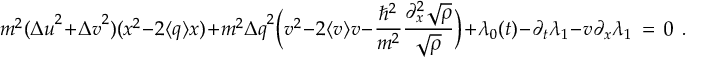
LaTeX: m ^ { 2 } ( { \Delta u } ^ { 2 } + { \Delta v } ^ { 2 } ) ( x ^ { 2 } - 2 \langle q \rangle x ) + m ^ { 2 } { \Delta q } ^ { 2 } \bigg ( v ^ { 2 } - 2 \langle v \rangle v - \frac { \hbar ^ { 2 } } { m ^ { 2 } } \frac { \partial _ { x } ^ { 2 } \sqrt { \rho } } { \sqrt { \rho } } \bigg ) + \lambda _ { 0 } ( t ) - \partial _ { t } \lambda _ { 1 } - v \partial _ { x } \lambda _ { 1 } \, = \, 0 \; \, .